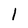
Character: l